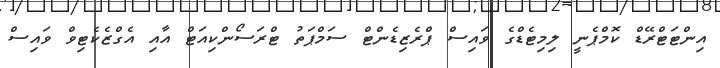
އިންޓަޓްރޭޑް ކޮމްޕެނީ ލިމިޓެޑްގެ ވައިސް ޕްރެޒިޑެންޓް ސަމްޕަތު ޓްރަސޯންކިއަޓް އާއި އެގްޒެކެޓިވް ވައިސް